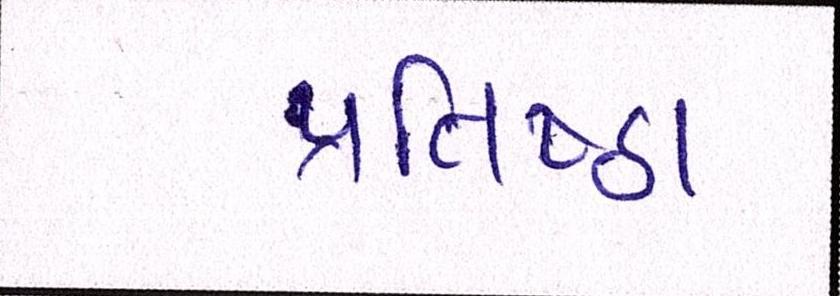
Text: પ્રતિષ્ઠા